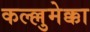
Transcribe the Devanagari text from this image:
कल्ल्लुमेक्का